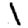
Digit: 1